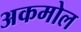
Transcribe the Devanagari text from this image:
अकमोल